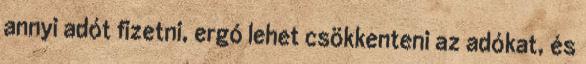
annyi adót fizetni, ergó lehet csökkenteni az adókat, és